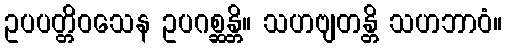
ဥပပတ္တိဝသေန ဥပဂစ္ဆန္တိ။ သဟဗျတန္တိ သဟဘာဝံ။